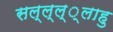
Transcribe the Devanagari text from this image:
सल्ल्ल््लाहु